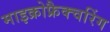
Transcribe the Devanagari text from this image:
माइक्रोफ्रैक्चरिंग